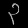
Digit: ၃